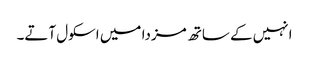
انہیں کے ساتھ مزدا میں اسکول آتے۔